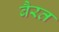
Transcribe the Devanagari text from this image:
बैरत